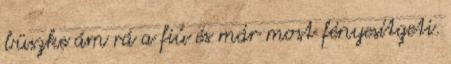
büszke ám rá a fiú és már most fényesítgeti.